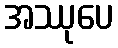
အဿုပေ